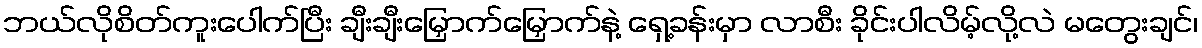
ဘယ်လိုစိတ်ကူးပေါက်ပြီး ချီးချီးမြှောက်မြှောက်နဲ့ ရှေ့ခန်းမှာ လာစီး ခိုင်းပါလိမ့်လို့လဲ မတွေးချင်၊